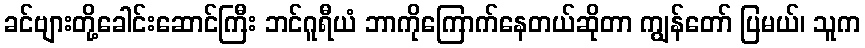
ခင်ဗျားတို့ခေါင်းဆောင်ကြီး ဘင်ဂူရီယံ ဘာကိုကြောက်နေတယ်ဆိုတာ ကျွန်တော် ပြမယ်၊ သူက